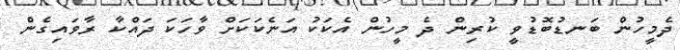
ދެމީހުން ބަނޑުބޮޑުވީ ކުރިން ދެ މީހުން އެކަކު އަނެކަކަށް ވާހަކަ ދައްކާ ރާވައިގެން